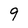
Character: 9